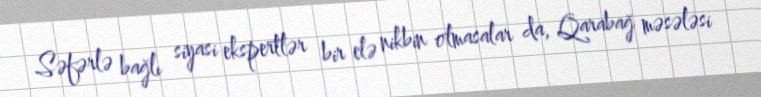
Səfərlə bağlı siyasi ekspertlər bir elə nikbin olmasalar da, Qarabağ məsələsi